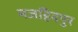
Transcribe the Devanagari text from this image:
मजहिदपुर